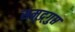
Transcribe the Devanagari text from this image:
समुद्र्गुप्त